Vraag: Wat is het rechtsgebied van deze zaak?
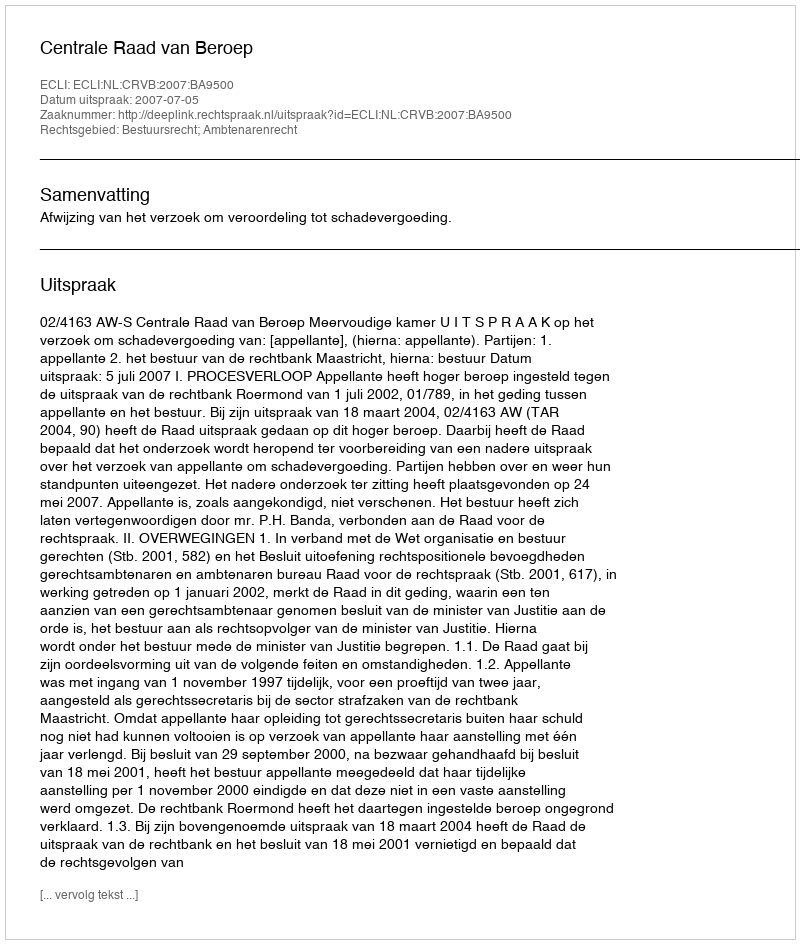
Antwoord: Bestuursrecht; Ambtenarenrecht